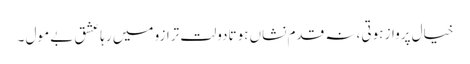
خیال پرواز ہوتی ،نہ قدم نشاں ہوتادولت ترازو میں رہاعشق بے مول ۔